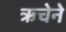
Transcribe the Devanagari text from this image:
ऋचेने